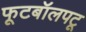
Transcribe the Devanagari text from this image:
फूटबॉलपटू